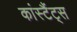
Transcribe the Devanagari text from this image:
कांस्टैंट्स